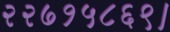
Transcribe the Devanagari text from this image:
२२७१५८६९।